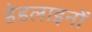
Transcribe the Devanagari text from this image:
डेडलाइनों